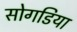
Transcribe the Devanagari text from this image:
सोगडिया